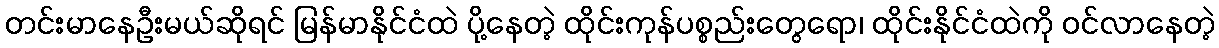
တင်းမာနေဦးမယ်ဆိုရင် မြန်မာနိုင်ငံထဲ ပို့နေတဲ့ ထိုင်းကုန်ပစ္စည်းတွေရော၊ ထိုင်းနိုင်ငံထဲကို ဝင်လာနေတဲ့